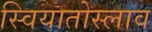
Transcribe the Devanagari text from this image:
स्वियातोस्लाव